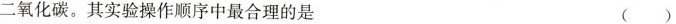
二氧化碳。其实验操作顺序中最合理的是 ( )